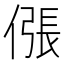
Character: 𫣖